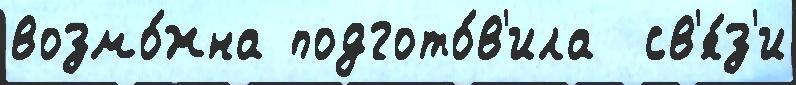
возмо́жна подгото́в'ила  св'я́з'и